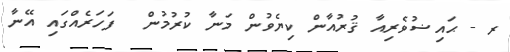
ރ - ޙައިޟުވެރިއާ ޤުރުއާން ކިޔެވުން މަނާ ކުރުމުން  ފަހަރެއްގައި އޭނާ